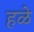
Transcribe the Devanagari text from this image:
हळे